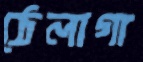
ঠেলাগা